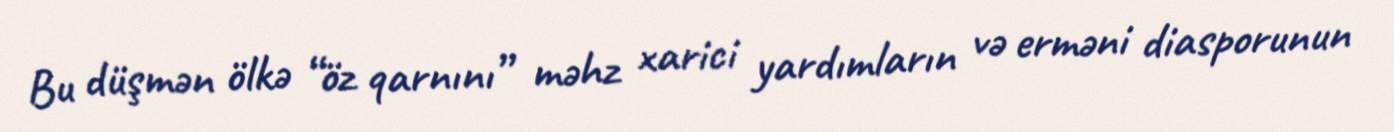
Bu düşmən ölkə “öz qarnını” məhz xarici yardımların və erməni diasporunun